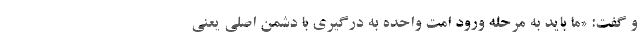
و گفت: «ما باید به مرحله ورود امت واحده به درگیری با دشمن اصلی یعنی